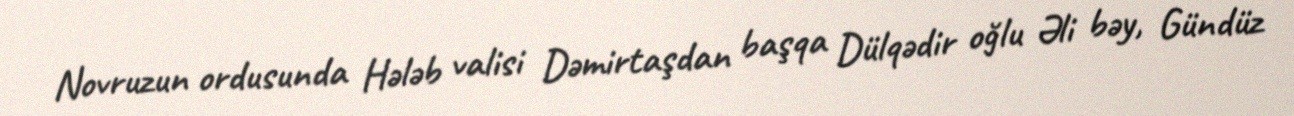
Novruzun ordusunda Hələb valisi Dəmirtaşdan başqa Dülqədir oğlu Əli bəy, Gündüz